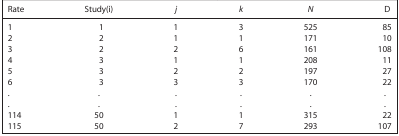
<table><thead><tr><td><b>Rate</b></td><td><b>Study(i)</b></td><td><b><i>j</i></b></td><td><b><i>k</i></b></td><td><b><i>N</i></b></td><td><b>D</b></td></tr></thead><tbody><tr><td>1</td><td>1</td><td>1</td><td>3</td><td>525</td><td>85</td></tr><tr><td>2</td><td>2</td><td>1</td><td>1</td><td>171</td><td>10</td></tr><tr><td>3</td><td>2</td><td>2</td><td>6</td><td>161</td><td>108</td></tr><tr><td>4</td><td>3</td><td>1</td><td>1</td><td>208</td><td>11</td></tr><tr><td>5</td><td>3</td><td>2</td><td>2</td><td>197</td><td>27</td></tr><tr><td>6</td><td>3</td><td>3</td><td>3</td><td>170</td><td>22</td></tr><tr><td>.</td><td>.</td><td>.</td><td>.</td><td>.</td><td>.</td></tr><tr><td>.</td><td>.</td><td>.</td><td>.</td><td>.</td><td>.</td></tr><tr><td>114</td><td>50</td><td>1</td><td>1</td><td>315</td><td>22</td></tr><tr><td>115</td><td>50</td><td>2</td><td>7</td><td>293</td><td>107</td></tr></tbody></table>